38_143685_box_Incident_Summaries_173-233
Agency: Department of War
Page 126
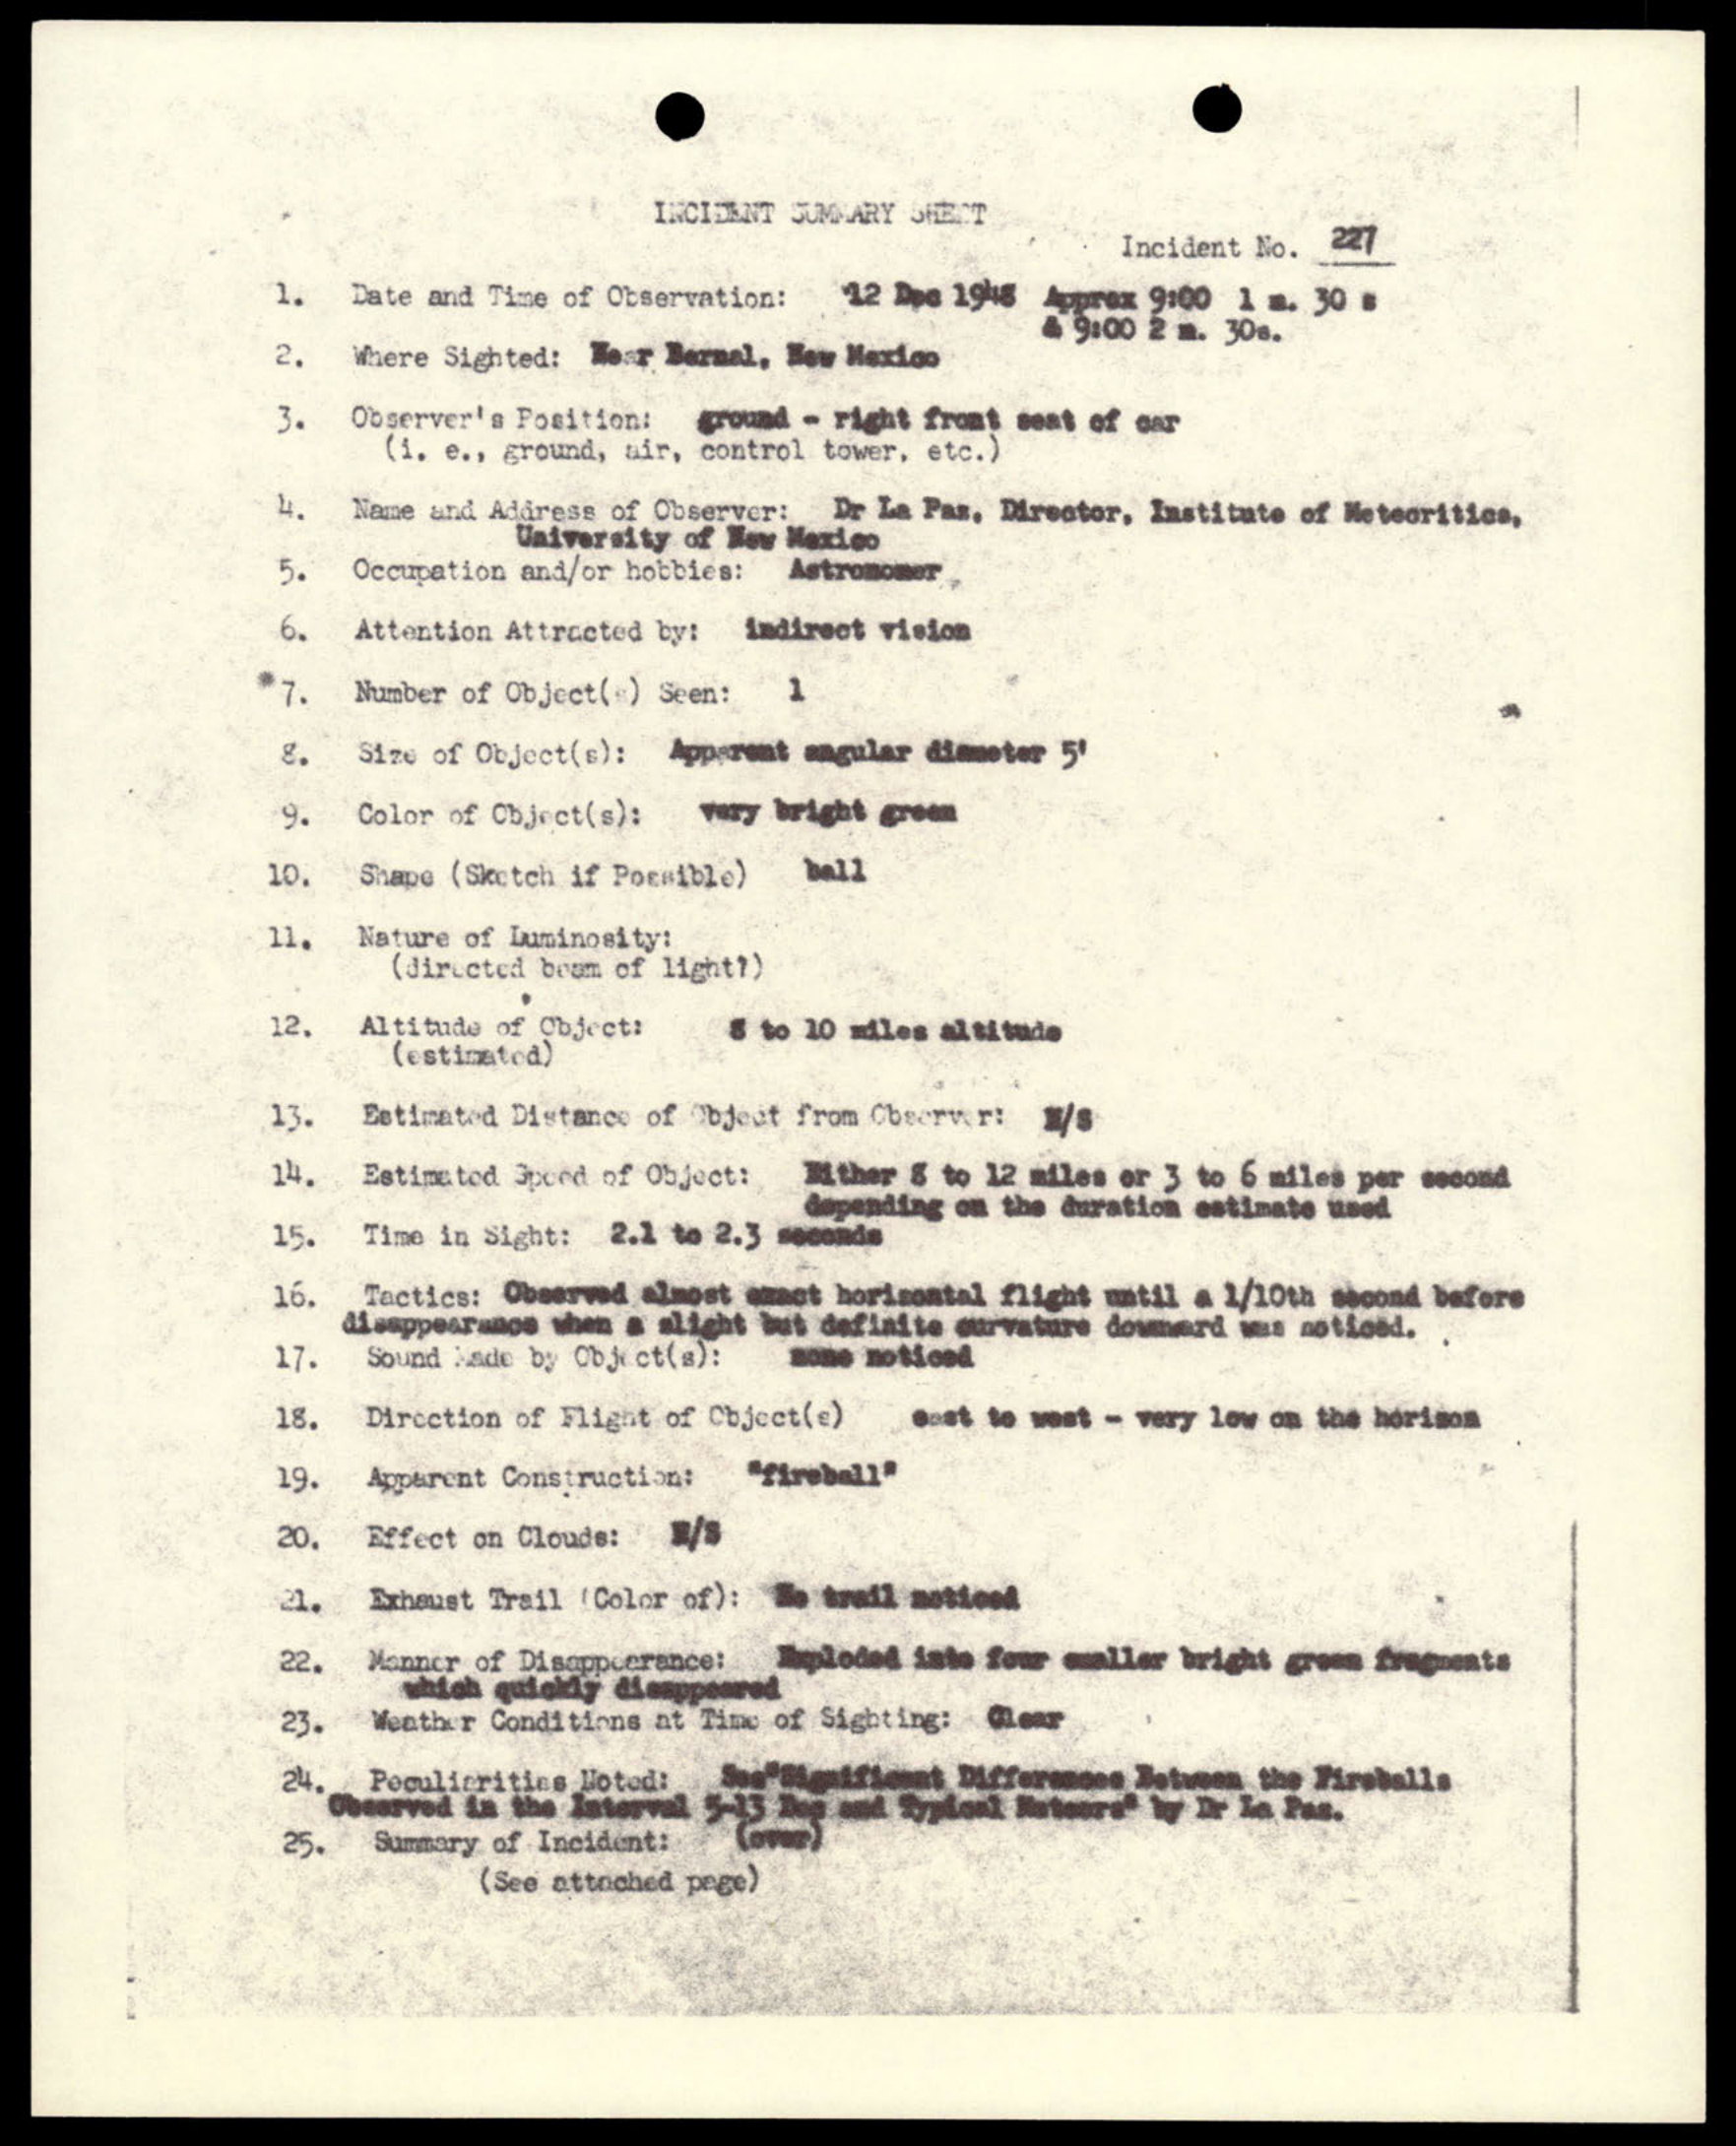